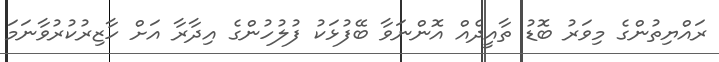
ރައްޔިތުންގެ މިވަރު ބޮޑު ތާއީދެއް އޮންނަވާ ބޭފުޅަކު ފުލުހުންގެ އިދާރާ އަށް ހާޒިރުކުރުވާނަމަ